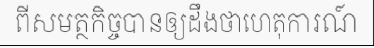
ពីសមត្ថកិច្ចបានឲ្យដឹងថាហេតុការណ៍